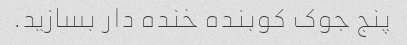
پنج جوک کوبنده خنده دار بسازید.